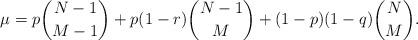
LaTeX: \begin{align*} \mu= p \binom{N-1}{M-1} + p(1-r) \binom{N-1}{M} + (1-p)(1-q) \binom{N}{M}.\end{align*}